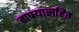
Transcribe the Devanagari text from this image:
ताफ्यासहित